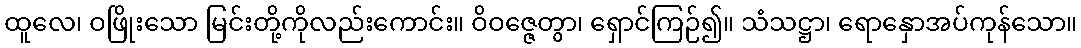
ထူလေ၊ ဝဖြိုးသော မြင်းတို့ကိုလည်းကောင်း။ ဝိဝဇ္ဇေတွာ၊ ရှောင်ကြဉ်၍။ သံသဋ္ဌာ၊ ရောနှောအပ်ကုန်သော။